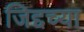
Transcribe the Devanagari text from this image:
जिद्दच्या